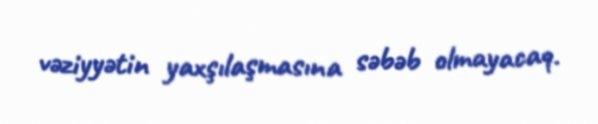
vəziyyətin yaxşılaşmasına səbəb olmayacaq.